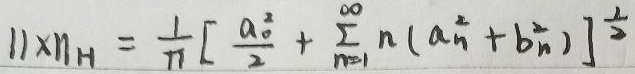
\[||x||_{H}=\frac{1}{\pi}\left[\frac{a_{0}^{2}}{2}+\sum_{n = 1}^{\infty}n(a_{n}^{2}+b_{n}^{2})\right]^{\frac{1}{2}}\]